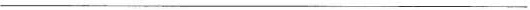
___